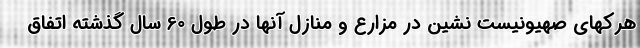
هرکهای صهیونیست نشین در مزارع و منازل آنها در طول 60 سال گذشته اتفاق